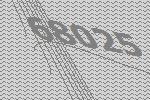
68025